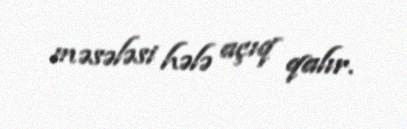
məsələsi hələ açıq qalır.